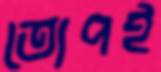
তোপই